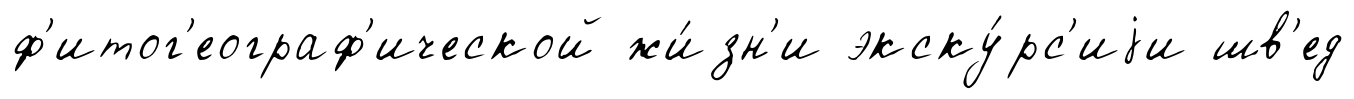
ф'итог'еограф'ической жи́зн'и экску́рс'иjи шв'ед